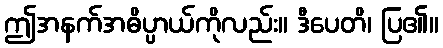
ဤအနက်အဓိပ္ပာယ်ကိုလည်း။ ဒီပေတိ၊ ပြ၏။